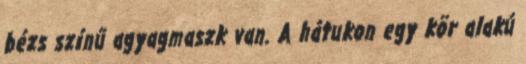
bézs színű agyagmaszk van. A hátukon egy kör alakú